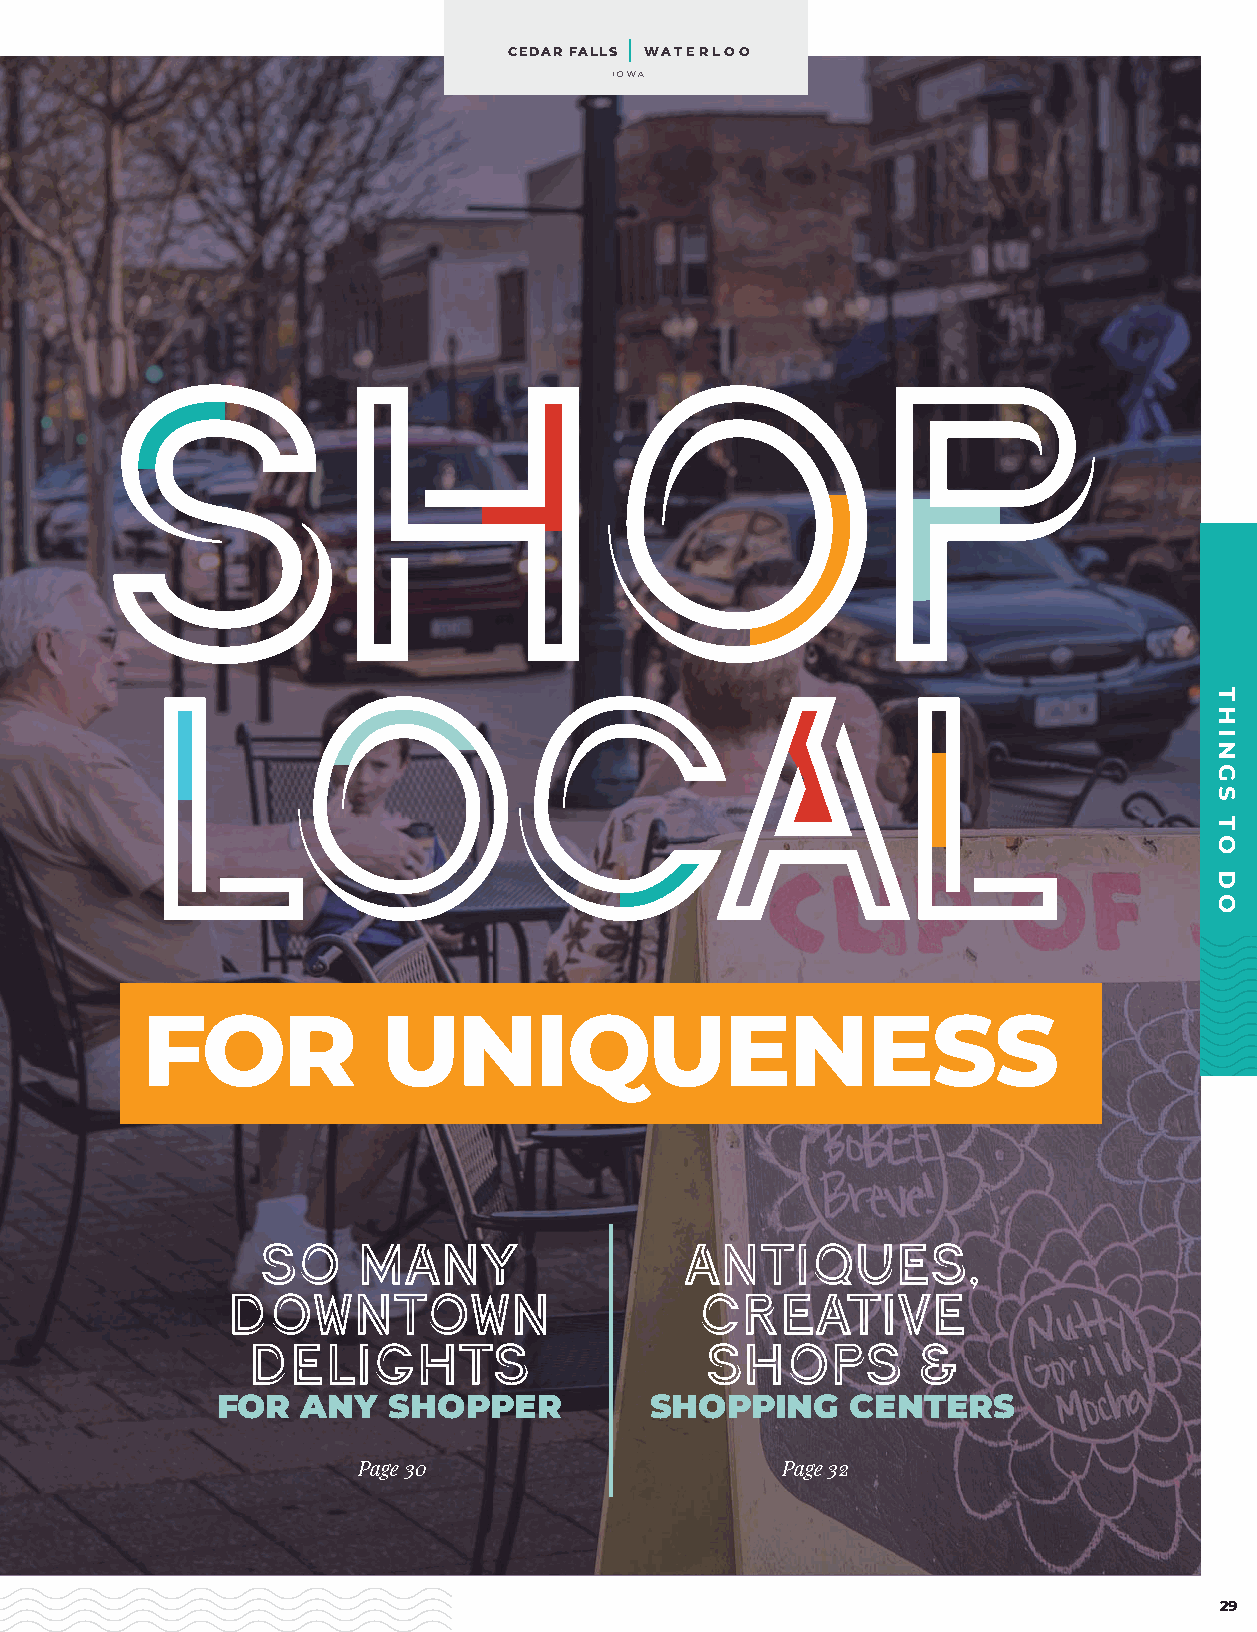
CEDAR FALLS WATERLOO
 IOWA
 SHOP
 LOCAL
 FOR             UNIQUENESS
 SO     MANY                 ANTIQUES,
 DOWNTOWN                       CREATIVE
 DELIGHTS                       SHOPS         &
 FOR   ANY   SHOPPER          SHOPPING     CENTERS
 Page 30                     Page 32
 29
 THINGS
 TO
 DO